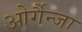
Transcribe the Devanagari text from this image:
ओर्गैन्जा